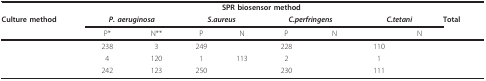
<table><thead><tr><td>[EMPTY_CELL]</td><td colspan="8"><b>SPR biosensor method</b></td><td>[EMPTY_CELL]</td></tr><tr><td><b>Culture method</b></td><td colspan="2"><b><i>P. aeruginosa</i></b></td><td colspan="2"><b><i>S.aureus</i></b></td><td colspan="2"><b><i>C.perfringens</i></b></td><td colspan="2"><b><i>C.tetani</i></b></td><td><b>Total</b></td></tr><tr><td>[EMPTY_CELL]</td><td><b>P*</b></td><td><b>N**</b></td><td><b>P</b></td><td><b>N</b></td><td><b>P</b></td><td><b>N</b></td><td>[EMPTY_CELL]</td><td><b>N</b></td><td>[EMPTY_CELL]</td></tr></thead><tbody><tr><td>[EMPTY_CELL]</td><td>238</td><td>3</td><td>249</td><td>[EMPTY_CELL]</td><td>228</td><td>[EMPTY_CELL]</td><td>110</td><td>[EMPTY_CELL]</td><td>[EMPTY_CELL]</td></tr><tr><td>[EMPTY_CELL]</td><td>4</td><td>120</td><td>1</td><td>113</td><td>2</td><td>[EMPTY_CELL]</td><td>1</td><td>[EMPTY_CELL]</td><td>[EMPTY_CELL]</td></tr><tr><td>[EMPTY_CELL]</td><td>242</td><td>123</td><td>250</td><td>[EMPTY_CELL]</td><td>230</td><td>[EMPTY_CELL]</td><td>111</td><td>[EMPTY_CELL]</td><td>[EMPTY_CELL]</td></tr></tbody></table>